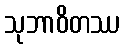
သုဘာဝိတဿ